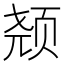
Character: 𱂣